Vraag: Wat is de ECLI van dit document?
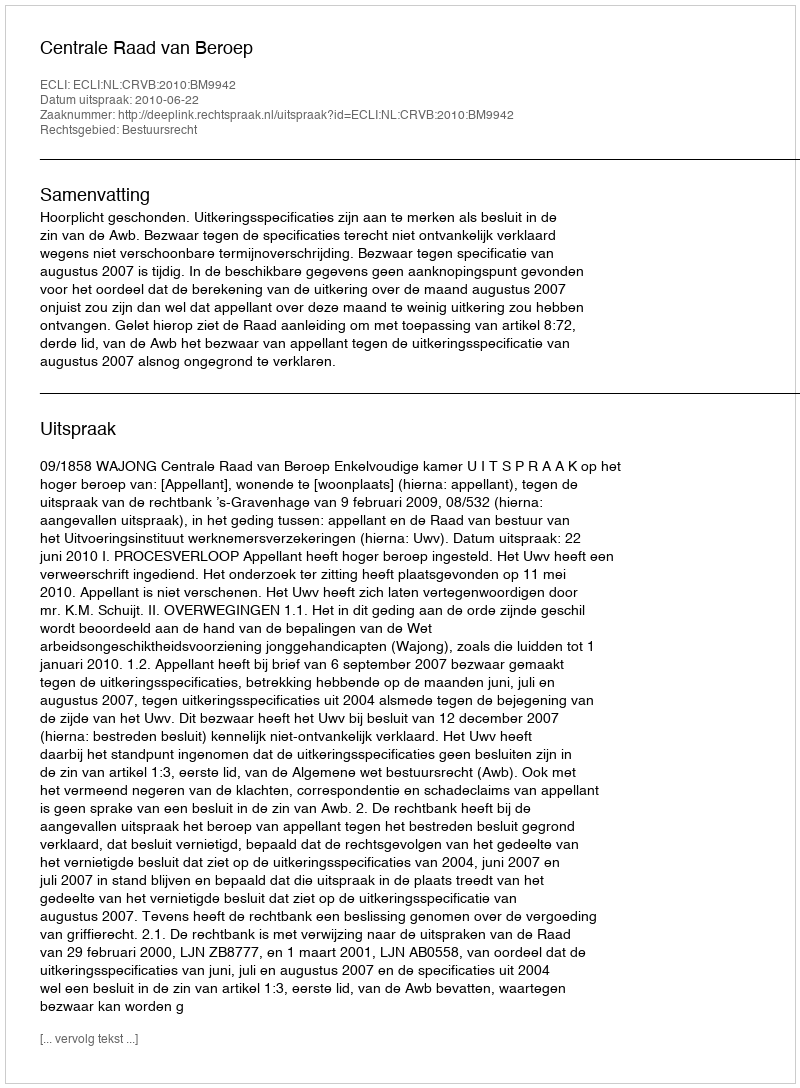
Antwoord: ECLI:NL:CRVB:2010:BM9942